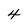
Character: 4